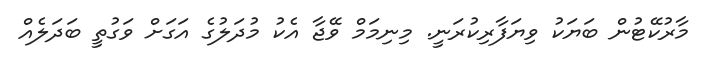
މާރުކޭޓުން ބަޔަކު ވިޔަފާރިކުރަނީ. މިނިމަމް ވޭޖާ އެކު މުދަލުގެ އަގަށް ވަގުތީ ބަދަލެއް